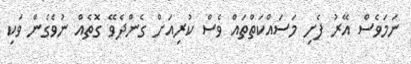
ނަމަވެސް އޭރު ފެށި މަސައްކަތްތައް ވެސް ކުރިއަށް ގެންދެވޭ ގޮތެއް ނުވެގެން ވަކި